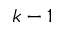
k - 1